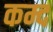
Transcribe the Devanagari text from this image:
कम्द